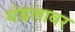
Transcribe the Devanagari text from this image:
मंडलावर